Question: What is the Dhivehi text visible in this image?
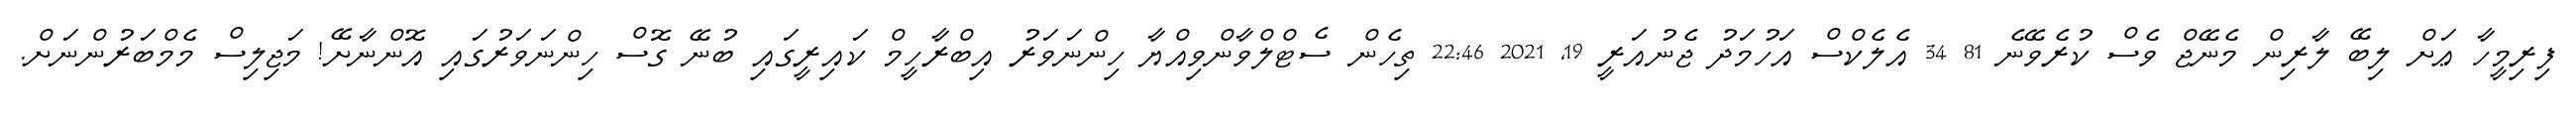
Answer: ފިރިމީހާ ޢަށް ލިބޭ ލާރިން މެނޭޖް ވެސް ކުރެވޭނެ 81 34 އެލެކްސް އަހުމަދު ޖެނުއަރީ 19, 2021 22:46 ތިހެން ސެޓްލްވާންވިއްޔާ ހިންނަވަރު އިބްރާހީމް ކައިރީގައި ބުނޭ ގޮސް ހިންނަވަރުގައި އޮންނާށޭ! މަޖިލިސް މެމްބަރުންނަށް.